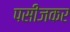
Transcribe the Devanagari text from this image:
पसीजकर